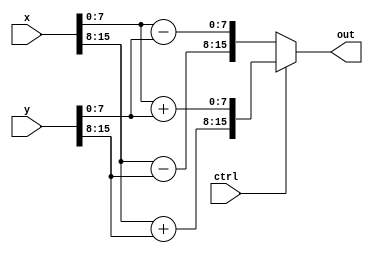
module complexAddSub(x,y,ctrl,out);
input [15:0] x,y;
input ctrl;
output reg[15:0] out;
always @ (x,y,ctrl) begin
  if (ctrl) begin
      out = {(x[15:8]+y[15:8]),(x[7:0]+y[7:0])};
  end
  else begin
      out = {(x[15:8]-y[15:8]),(x[7:0]-y[7:0])};
  end
end
endmodule